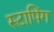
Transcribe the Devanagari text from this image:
स्टापिंग